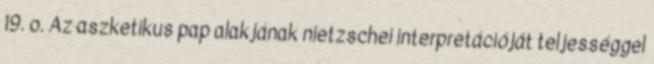
19. o. Az aszketikus pap alakjának nietzschei interpretációját teljességgel